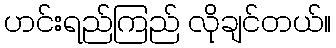
ဟင်းရည်ကြည် လိုချင်တယ်။